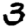
Digit: 3